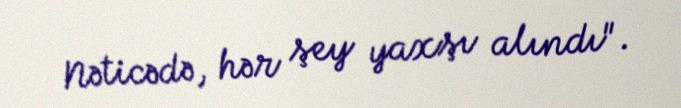
Nəticədə, hər şey yaxşı alındı".